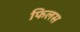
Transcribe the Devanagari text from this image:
फिलस